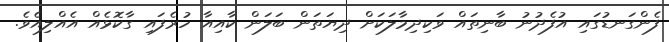
ފެންގަނޑުގައި އުފެދުނު ބާނިތައް ވަކިދިމާލަކަށް ދިޔަތަން ބަލަން ކާއިއާ ހުރެފައި ގާކޮޅެއް އެއްލިއެވެ.